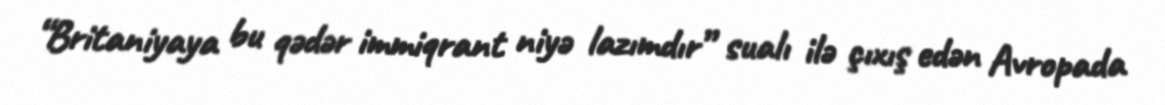
“Britaniyaya bu qədər immiqrant niyə lazımdır” sualı ilə çıxış edən Avropada